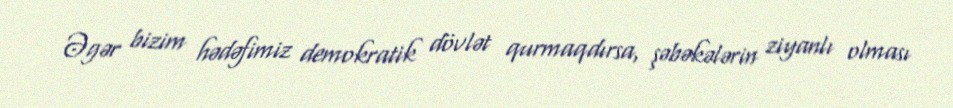
Əgər bizim hədəfimiz demokratik dövlət qurmaqdırsa, şəbəkələrin ziyanlı olması